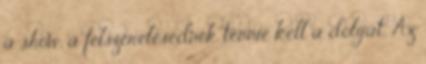
a show, a felszerelésednek tennie kell a dolgát. Az